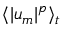
\langle | u _ { m } | ^ { p } \rangle _ { t }